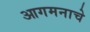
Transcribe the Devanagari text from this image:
आगमनाचे